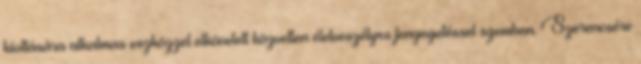
kioltására alkalmas eszközzel elkövetett közvetlen életveszélyes fenyegetéssel szemben. Szerencsére